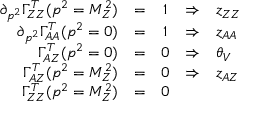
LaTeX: \begin{array} { r c c c l } { { \partial _ { p ^ { 2 } } \Gamma _ { Z Z } ^ { T } ( p ^ { 2 } = M _ { Z } ^ { 2 } ) } } & { { = } } & { { 1 } } & { { \Rightarrow } } & { { z _ { Z Z } } } \\ { { \partial _ { p ^ { 2 } } \Gamma _ { A A } ^ { T } ( p ^ { 2 } = 0 ) } } & { { = } } & { { 1 } } & { { \Rightarrow } } & { { z _ { A A } } } \\ { { \Gamma _ { A Z } ^ { T } ( p ^ { 2 } = 0 ) } } & { { = } } & { { 0 } } & { { \Rightarrow } } & { { \theta _ { V } } } \\ { { \Gamma _ { A Z } ^ { T } ( p ^ { 2 } = M _ { Z } ^ { 2 } ) } } & { { = } } & { { 0 } } & { { \Rightarrow } } & { { z _ { A Z } } } \\ { { \Gamma _ { Z Z } ^ { T } ( p ^ { 2 } = M _ { Z } ^ { 2 } ) } } & { { = } } & { { 0 } } & { { } } & { { } } \end{array}